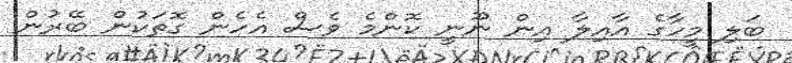
ބަލި މީހާގެ އާއިލާ އިން ނޫނީ ކޮންމެ ވެސް އެހެން ގޮތަކުން ބޭރުން